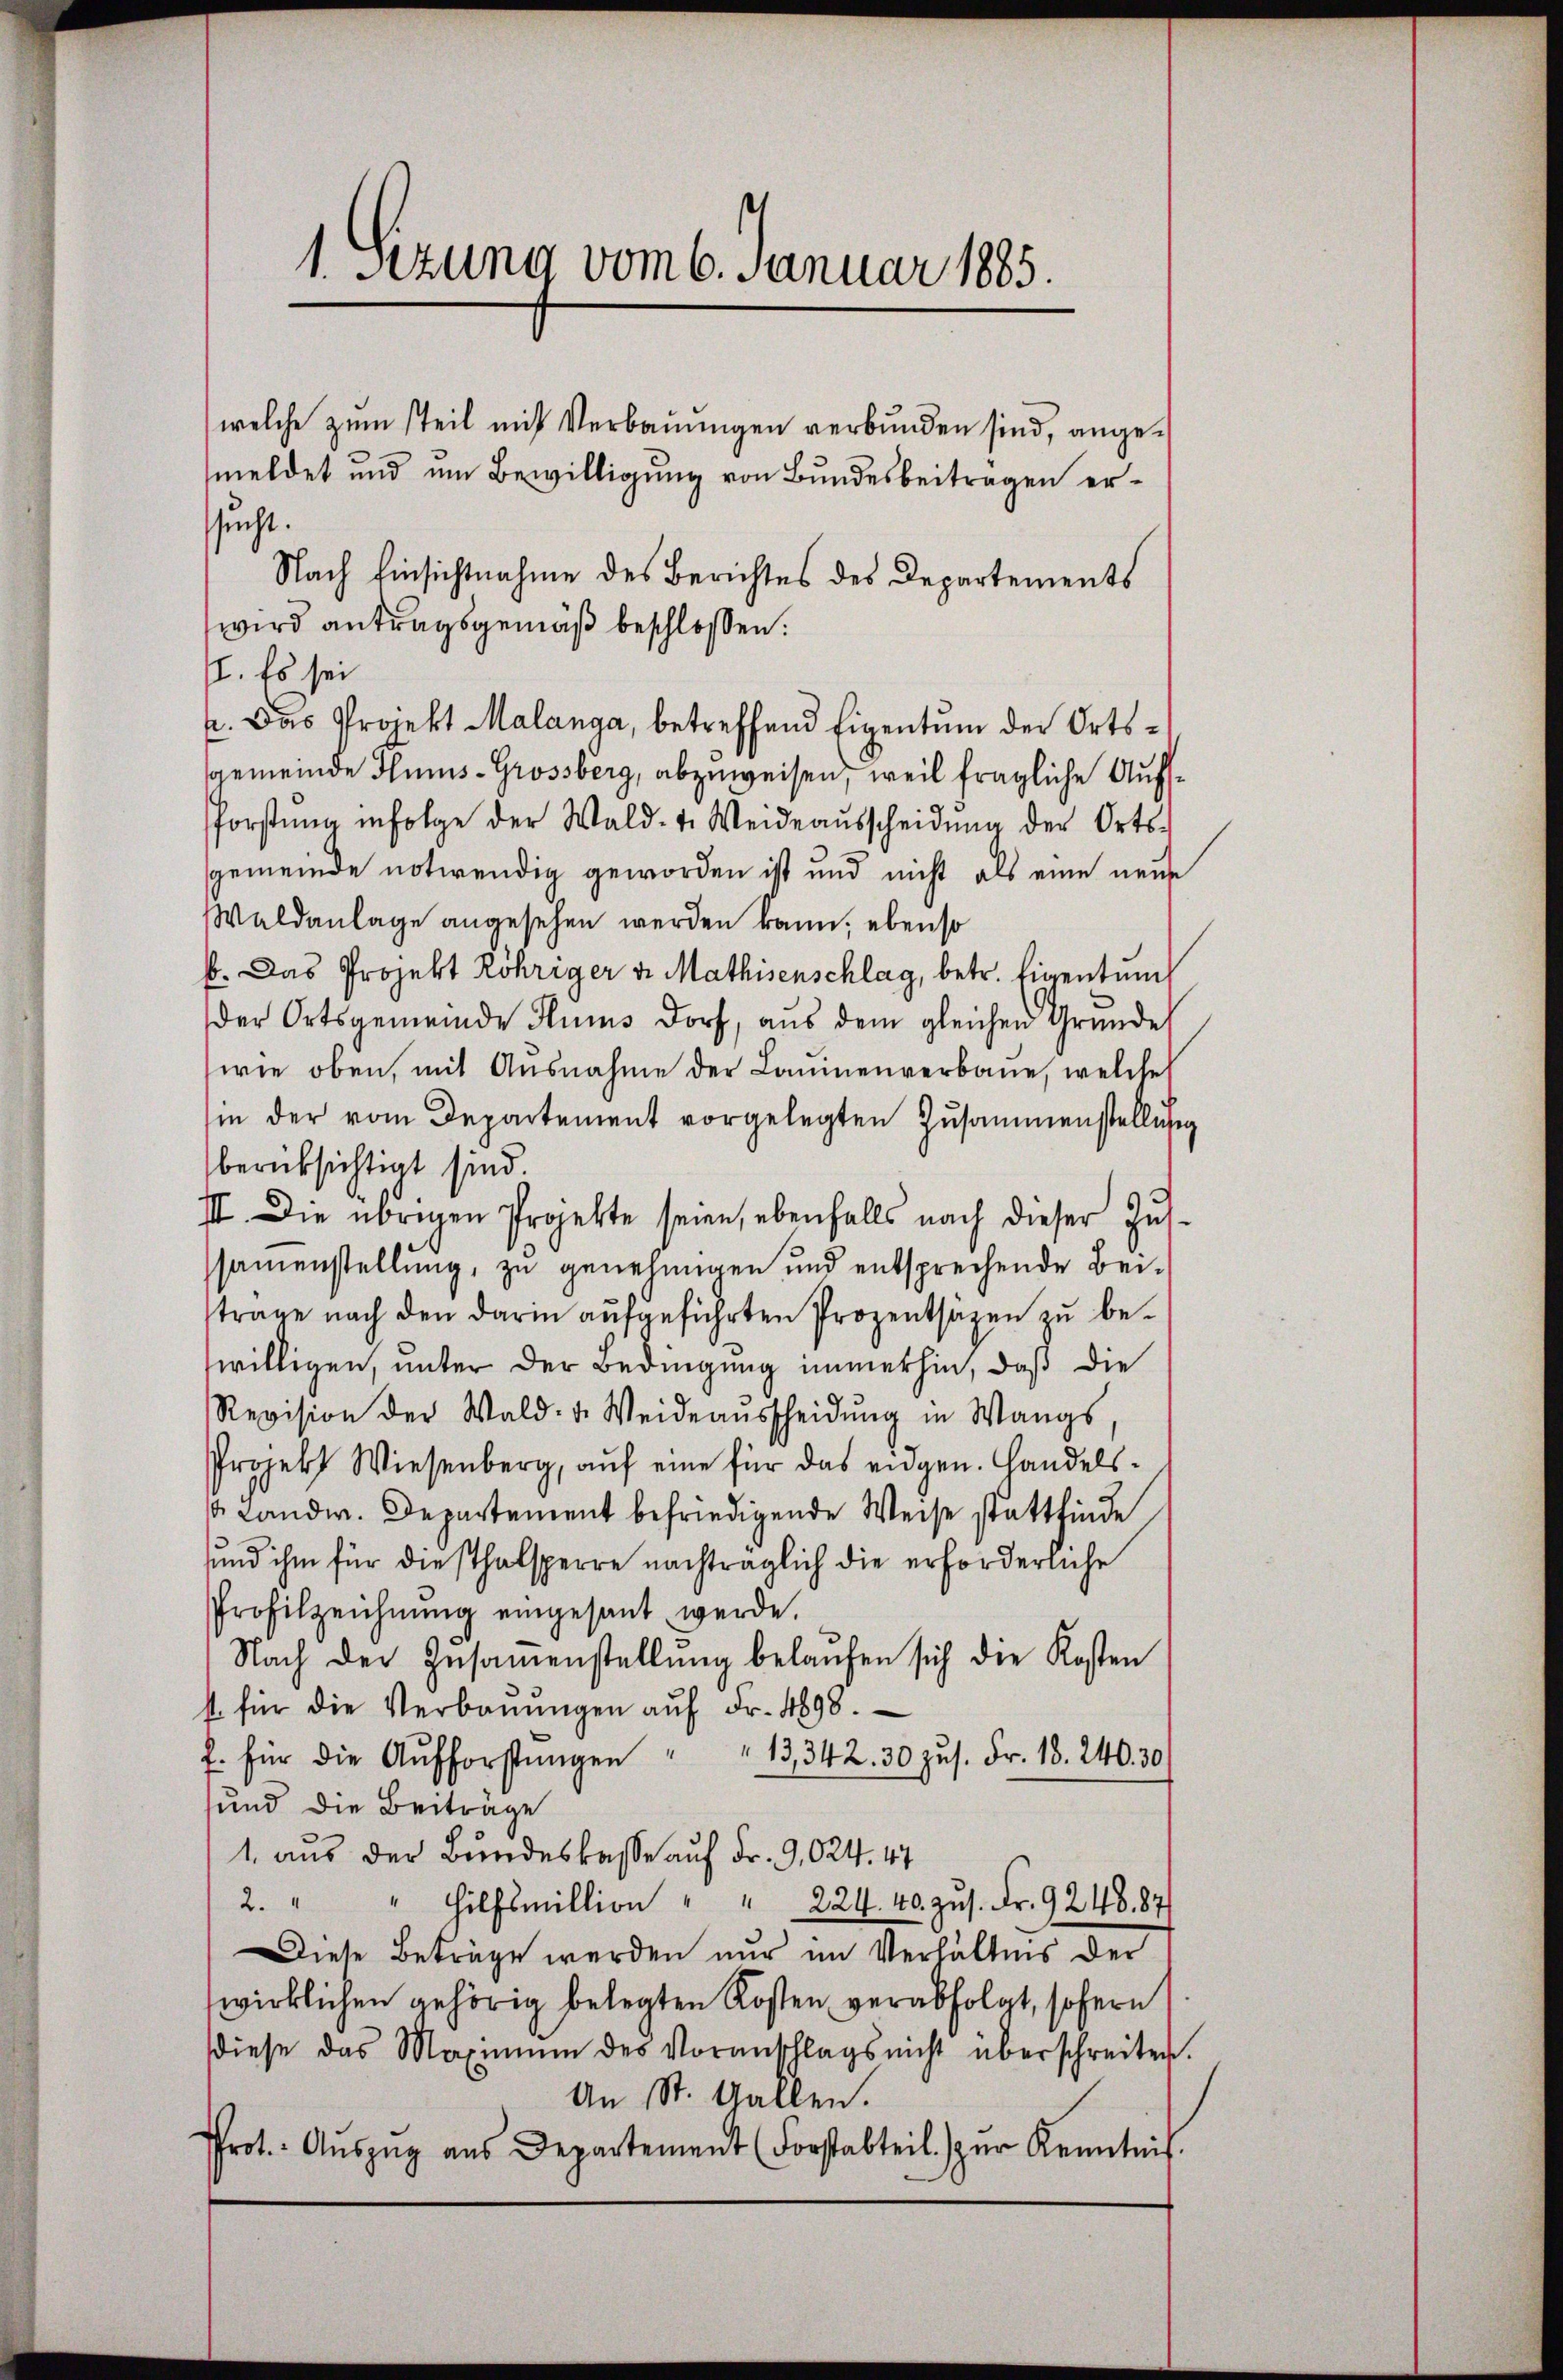
1 Sizung vom 6. Januar 1885.

welche zŭm steil mit Verbaŭŭngen verbunden sind, angemeldet und um Bewilligung von Bundesbeitragen erssucht.
Nach Einsichtnahme des Berichtes des Departements
wird antragsgemäß beschlossen:
II. Es sei
p. Das Projekt Malanga, betreffend Eigentum der Ortssgemeinde Hums-Grossberg, abzuweisen, weil fragliche Aufsforstŭng infolge der Wald- u. Weideaŭsscheidŭng der Orts-
gemeinde notwendig geworden ist und nicht als eine neue
Waldanlage angesehen werden kann; ebenso
b. Das Projekt Röhriger v. Mathisenschlag, betr. Eigentum
der Ortsgemeinde Flims Dorf, aus dem gleichen Gründe
wie oben, mit Ausnahme der Lauenverbaue, welche
in der vom Departement vorgelegten Zusammenstellung
berücksichtigt sind.
III. Die übrigen Projekte seien, ebenfalls nach dieser Zŭs-
samenstellung, zu genehmigen und entsprechende Bei-
strage nach den darin aufgeführten Prozentsäzen zu bewilligen, unter der Bedingung immerhin, daß die
Revision der Wald: 4. Weideaŭsscheidŭng in Wangs
Projekt Wiesenberg, auf eine für das eidgen. Handels¬
 Landw. Departement befriedigende Weise stattfinde
und ihm für diesthalsperre nachträglich die erforderliche
Profilzeichnŭng eingesant werde.
Nach der Zŭsaṁenstellŭng belaŭfen sich die Kosten
s. für die Verbaŭŭngen aŭf Fr. 4898.
f. für die Aufforstŭngen " " 13, 342. 30 zŭs. Fr. 18. 240. 30
und die Beiträge
1. aus der Bundeskasse auf Fr. 9,024. 47
2.
" Hilfsmillion " " 224. 40. zŭs. Fr. 9248. 87
Diese Beträge werden nur im Verhältnis der
wirklichen gehörig belegten Kosten verabfolgt, sofern
diese das Maximŭm des Voranschlags nicht überschreiten.
An St. Gallen.
Prot. Aŭszŭg aŭs Departement (Forstabteil) zŭr Kenntnis